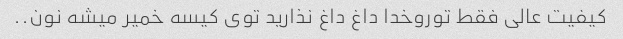
کیفیت عالی فقط توروخدا داغ داغ نذارید توی کیسه خمیر میشه نون..